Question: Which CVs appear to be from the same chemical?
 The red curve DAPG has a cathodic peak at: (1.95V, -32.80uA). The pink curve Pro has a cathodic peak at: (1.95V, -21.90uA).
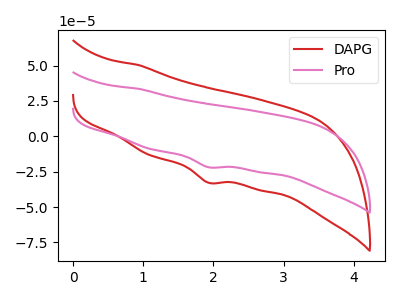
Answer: <think>All the peaks in "DAPG" have a peak in "Pro" at the same potential. Every peak in "DAPG" is higher than every peak in "Pro".
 </think>
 <answer>"Pro" and "DAPG" have the same shape and are likely CV's of the same chemical.</answer>
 <eval>"Pro" "DAPG"</eval>